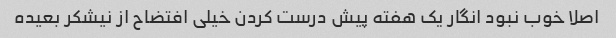
اصلا خوب نبود انگار یک هفته پیش درست کردن خیلی افتضاح از نیشکر بعیده